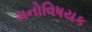
મનોવિષયક